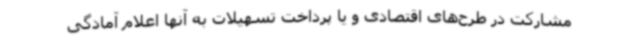
مشارکت در طرح‌های اقتصادی و یا پرداخت تسهیلات به آنها اعلام آمادگی